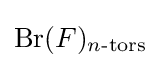
{\text{Br}}(F)_{n{\text{-tors}}}